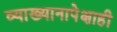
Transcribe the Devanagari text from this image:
व्याख्यानापेक्षाही